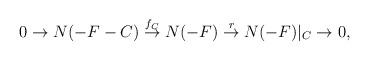
LaTeX: \begin{align*}0 \rightarrow N(-F- C)\stackrel{f_{C}}{\rightarrow}N(-F) \stackrel{r}{\rightarrow}N(-F)|_{C} \rightarrow 0,\end{align*}